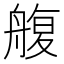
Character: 𦩟